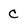
Character: c